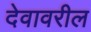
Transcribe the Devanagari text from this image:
देवावरील